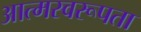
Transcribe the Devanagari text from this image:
आत्मस्वरूपता